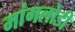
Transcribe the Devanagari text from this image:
मांगलोडी